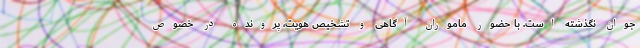
جوان نگذشته است. با حضور ماموران آگاهی و تشخیص هویت، پرونده در خصوص